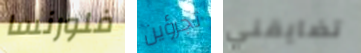
فلورنسا تجرؤين تضايقني